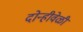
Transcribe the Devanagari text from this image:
दोन्हीवेळी